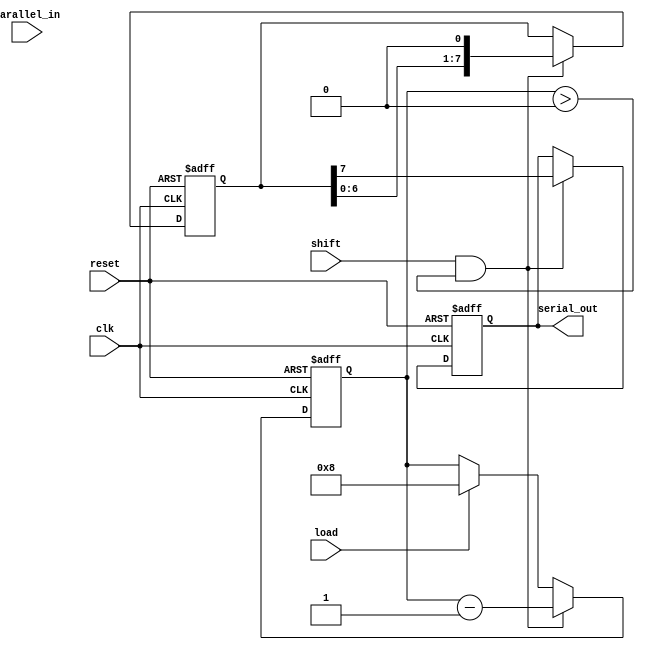
module TwoStagePISO #(
    parameter N = 8 // Width of the data
)(
    input wire [N-1:0] parallel_in, // Parallel input data
    input wire load,                // Load control signal
    input wire shift,               // Shift control signal
    input wire clk,                 // Clock signal
    input wire reset,               // Asynchronous reset signal
    output reg serial_out           // Serial output
);

    // Internal registers for the two stages
    reg [N-1:0] input_stage;        // Input stage register
    reg [N-1:0] intermediate_stage;  // Intermediate stage register
    reg [N-1:0] shift_counter;       // Shift counter to track shifts

    always @(posedge clk or posedge reset) begin
        if (reset) begin
            // Asynchronous reset
            input_stage <= 0;
            intermediate_stage <= 0;
            serial_out <= 0;
            shift_counter <= 0;
        end else begin
            if (load) begin
                // Load data into input stage on Load signal
                input_stage <= parallel_in;
                shift_counter <= N; // Initialize shift counter
            end
            
            if (shift && shift_counter > 0) begin
                // Shift data from input stage to intermediate stage
                intermediate_stage <= input_stage;
                // Shift out the most significant bit of the intermediate stage
                serial_out <= intermediate_stage[N-1];
                // Shift the intermediate stage left (to prepare for next shift)
                intermediate_stage <= {intermediate_stage[N-2:0], 1'b0}; // Shift left
                shift_counter <= shift_counter - 1; // Decrement shift counter
            end
        end
    end

endmodule